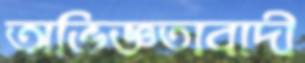
অভিজ্ঞতাবাদী